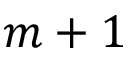
m + 1